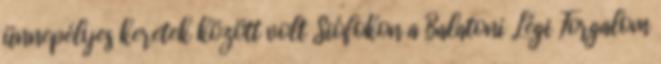
ünnepélyes keretek között volt Siófokon a Balatoni Légi Forgalom